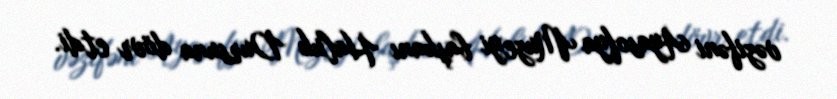
vəzifəni Ayasofya Muzeyi başkanı Haluk Dursuna dövr etdi.